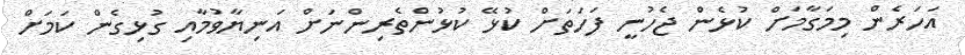
އަހަރެން މިމަގާމަށް ކުޅެން ޖެހުނީ ފަހަތަށް ކުޅޭ ކުޅުންތެރިންނަށް އަނިޔާވުމާއި ގުޅިގެން ކަމަށް